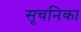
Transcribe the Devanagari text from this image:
सूचनिका